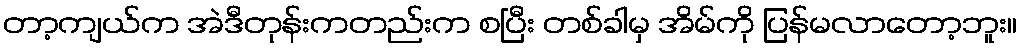
တာ့ကျယ်က အဲဒီတုန်းကတည်းက စပြီး တစ်ခါမှ အိမ်ကို ပြန်မလာတော့ဘူး။